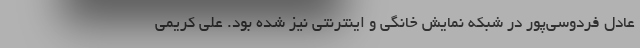
عادل فردوسی‌پور در شبکه نمایش خانگی و اینترنتی نیز شده بود. علی کریمی